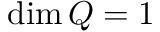
\dim Q = 1